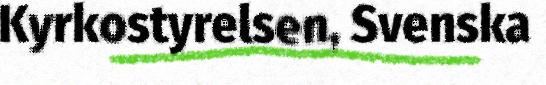
Kyrkostyrelsen, Svenska